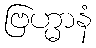
ဗြဟ္မာနံ